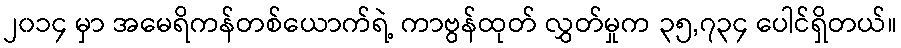
၂၀၁၄ မှာ အမေရိကန်တစ်ယောက်ရဲ့ ကာဗွန်ထုတ် လွှတ်မှုက ၃၅,၇၃၄ ပေါင်ရှိတယ်။